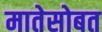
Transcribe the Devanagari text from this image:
मातेसोबत